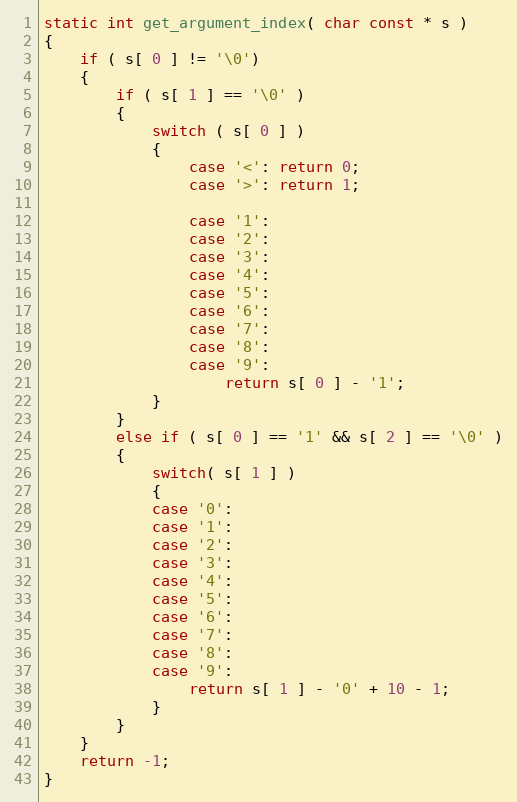
Language: C
static int get_argument_index( char const * s )
{
    if ( s[ 0 ] != '\0')
    {
        if ( s[ 1 ] == '\0' )
        {
            switch ( s[ 0 ] )
            {
                case '<': return 0;
                case '>': return 1;

                case '1':
                case '2':
                case '3':
                case '4':
                case '5':
                case '6':
                case '7':
                case '8':
                case '9':
                    return s[ 0 ] - '1';
            }
        }
        else if ( s[ 0 ] == '1' && s[ 2 ] == '\0' )
        {
            switch( s[ 1 ] )
            {
            case '0':
            case '1':
            case '2':
            case '3':
            case '4':
            case '5':
            case '6':
            case '7':
            case '8':
            case '9':
                return s[ 1 ] - '0' + 10 - 1;
            }
        }
    }
    return -1;
}